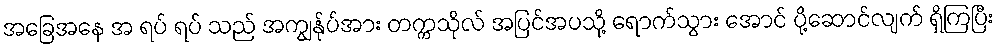
အခြေအနေ အ ရပ် ရပ် သည် အကျွန်ုပ်အား တက္ကသိုလ် အပြင်အပသို့ ရောက်သွား အောင် ပို့ဆောင်လျက် ရှိကြပြီး